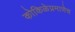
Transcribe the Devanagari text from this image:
कोकिळेप्रमाणेच